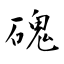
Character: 磈